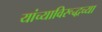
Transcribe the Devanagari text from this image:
यांच्याविरूद्धच्या